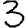
Digit: 3